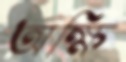
অক্ষি